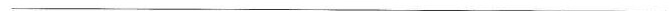
___